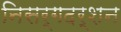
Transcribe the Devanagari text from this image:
निसर्गदर्शन